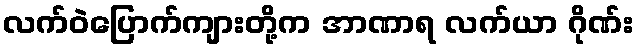
လက်ဝဲပြောက်ကျားတို့က အာဏာရ လက်ယာ ဂိုဏ်း